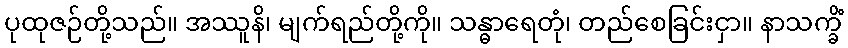
ပုထုဇဉ်တို့သည်။ အဿူနိ၊ မျက်ရည်တို့ကို။ သန္ဓာရေတုံ၊ တည်စေခြင်းငှာ။ နာသက္ခိံ